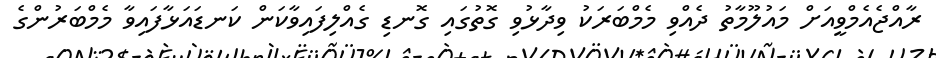
ރާއްޖެއެމްވީއަށް މައުލޫމާތު ދެއްވި މެމްބަރަކު ވިދާޅުވި ގޮތުގައި ގޮނޑި ގެއްލިފައިވާކަން ކަނޑައަޅާފައިވާ މެމްބަރުންގެ